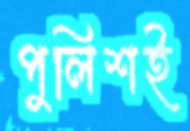
পুলিশই